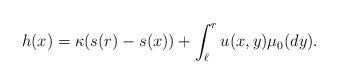
LaTeX: \begin{align*}h(x)=\kappa(s(r)-s(x)) +\int_{\ell}^r u(x,y)\mu_0(dy).\end{align*}